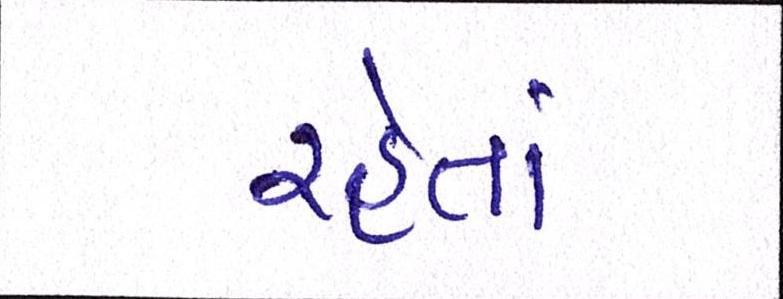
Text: રહેતાં